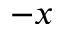
- x